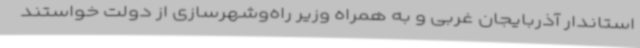
استاندار آذربایجان ‌غربی و به همراه وزیر راه‌وشهرسازی از دولت خواستند